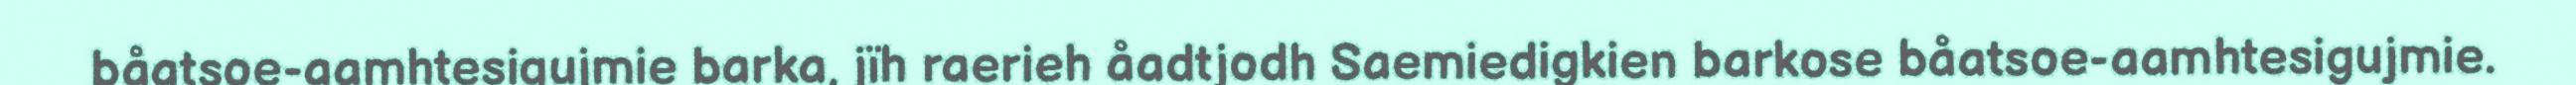
båatsoe-aamhtesigujmie barka, jïh raerieh åadtjodh Saemiedigkien barkose båatsoe-aamhtesigujmie.